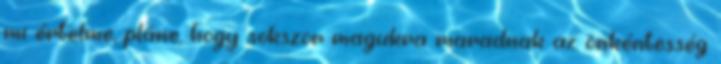
mi értelme, pláne, hogy sokszor magukra maradnak az önkéntesség